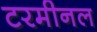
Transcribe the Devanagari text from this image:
टरमीनल